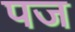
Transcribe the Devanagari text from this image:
पज